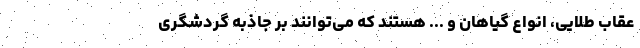
عقاب طلایی، انواع گیاهان و ... هستند که می‌توانند بر جاذبه گردشگری